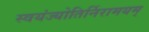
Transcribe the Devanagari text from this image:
स्वयंज्योतिर्निरामयम्